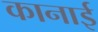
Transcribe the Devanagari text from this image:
कानाई